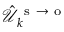
\hat { \mathcal { U } } _ { k } ^ { \mathrm { ~ s ~ } \to \mathrm { ~ o ~ } }